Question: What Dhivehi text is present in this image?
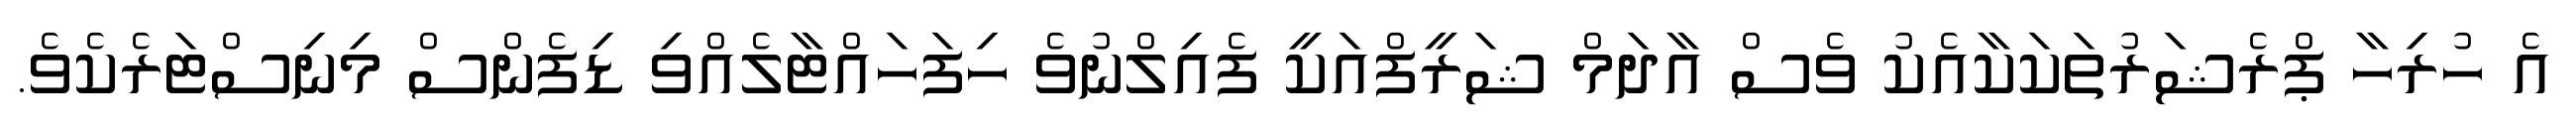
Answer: އެ ހުރިހާ ޕްރެޝަރުތަކަކާއެކު ވެސް އާދަމް ޝަރީފްއަކީ ފެއިލްނުވެ ހިފަހައްޓާލެއްވި ޑިފެންސް މިނިސްޓަރެކެވެ.